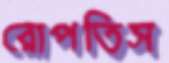
রোপতিস